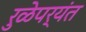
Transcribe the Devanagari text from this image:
रुळेपर्यंत